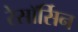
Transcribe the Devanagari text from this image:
रेसॉर्सिन